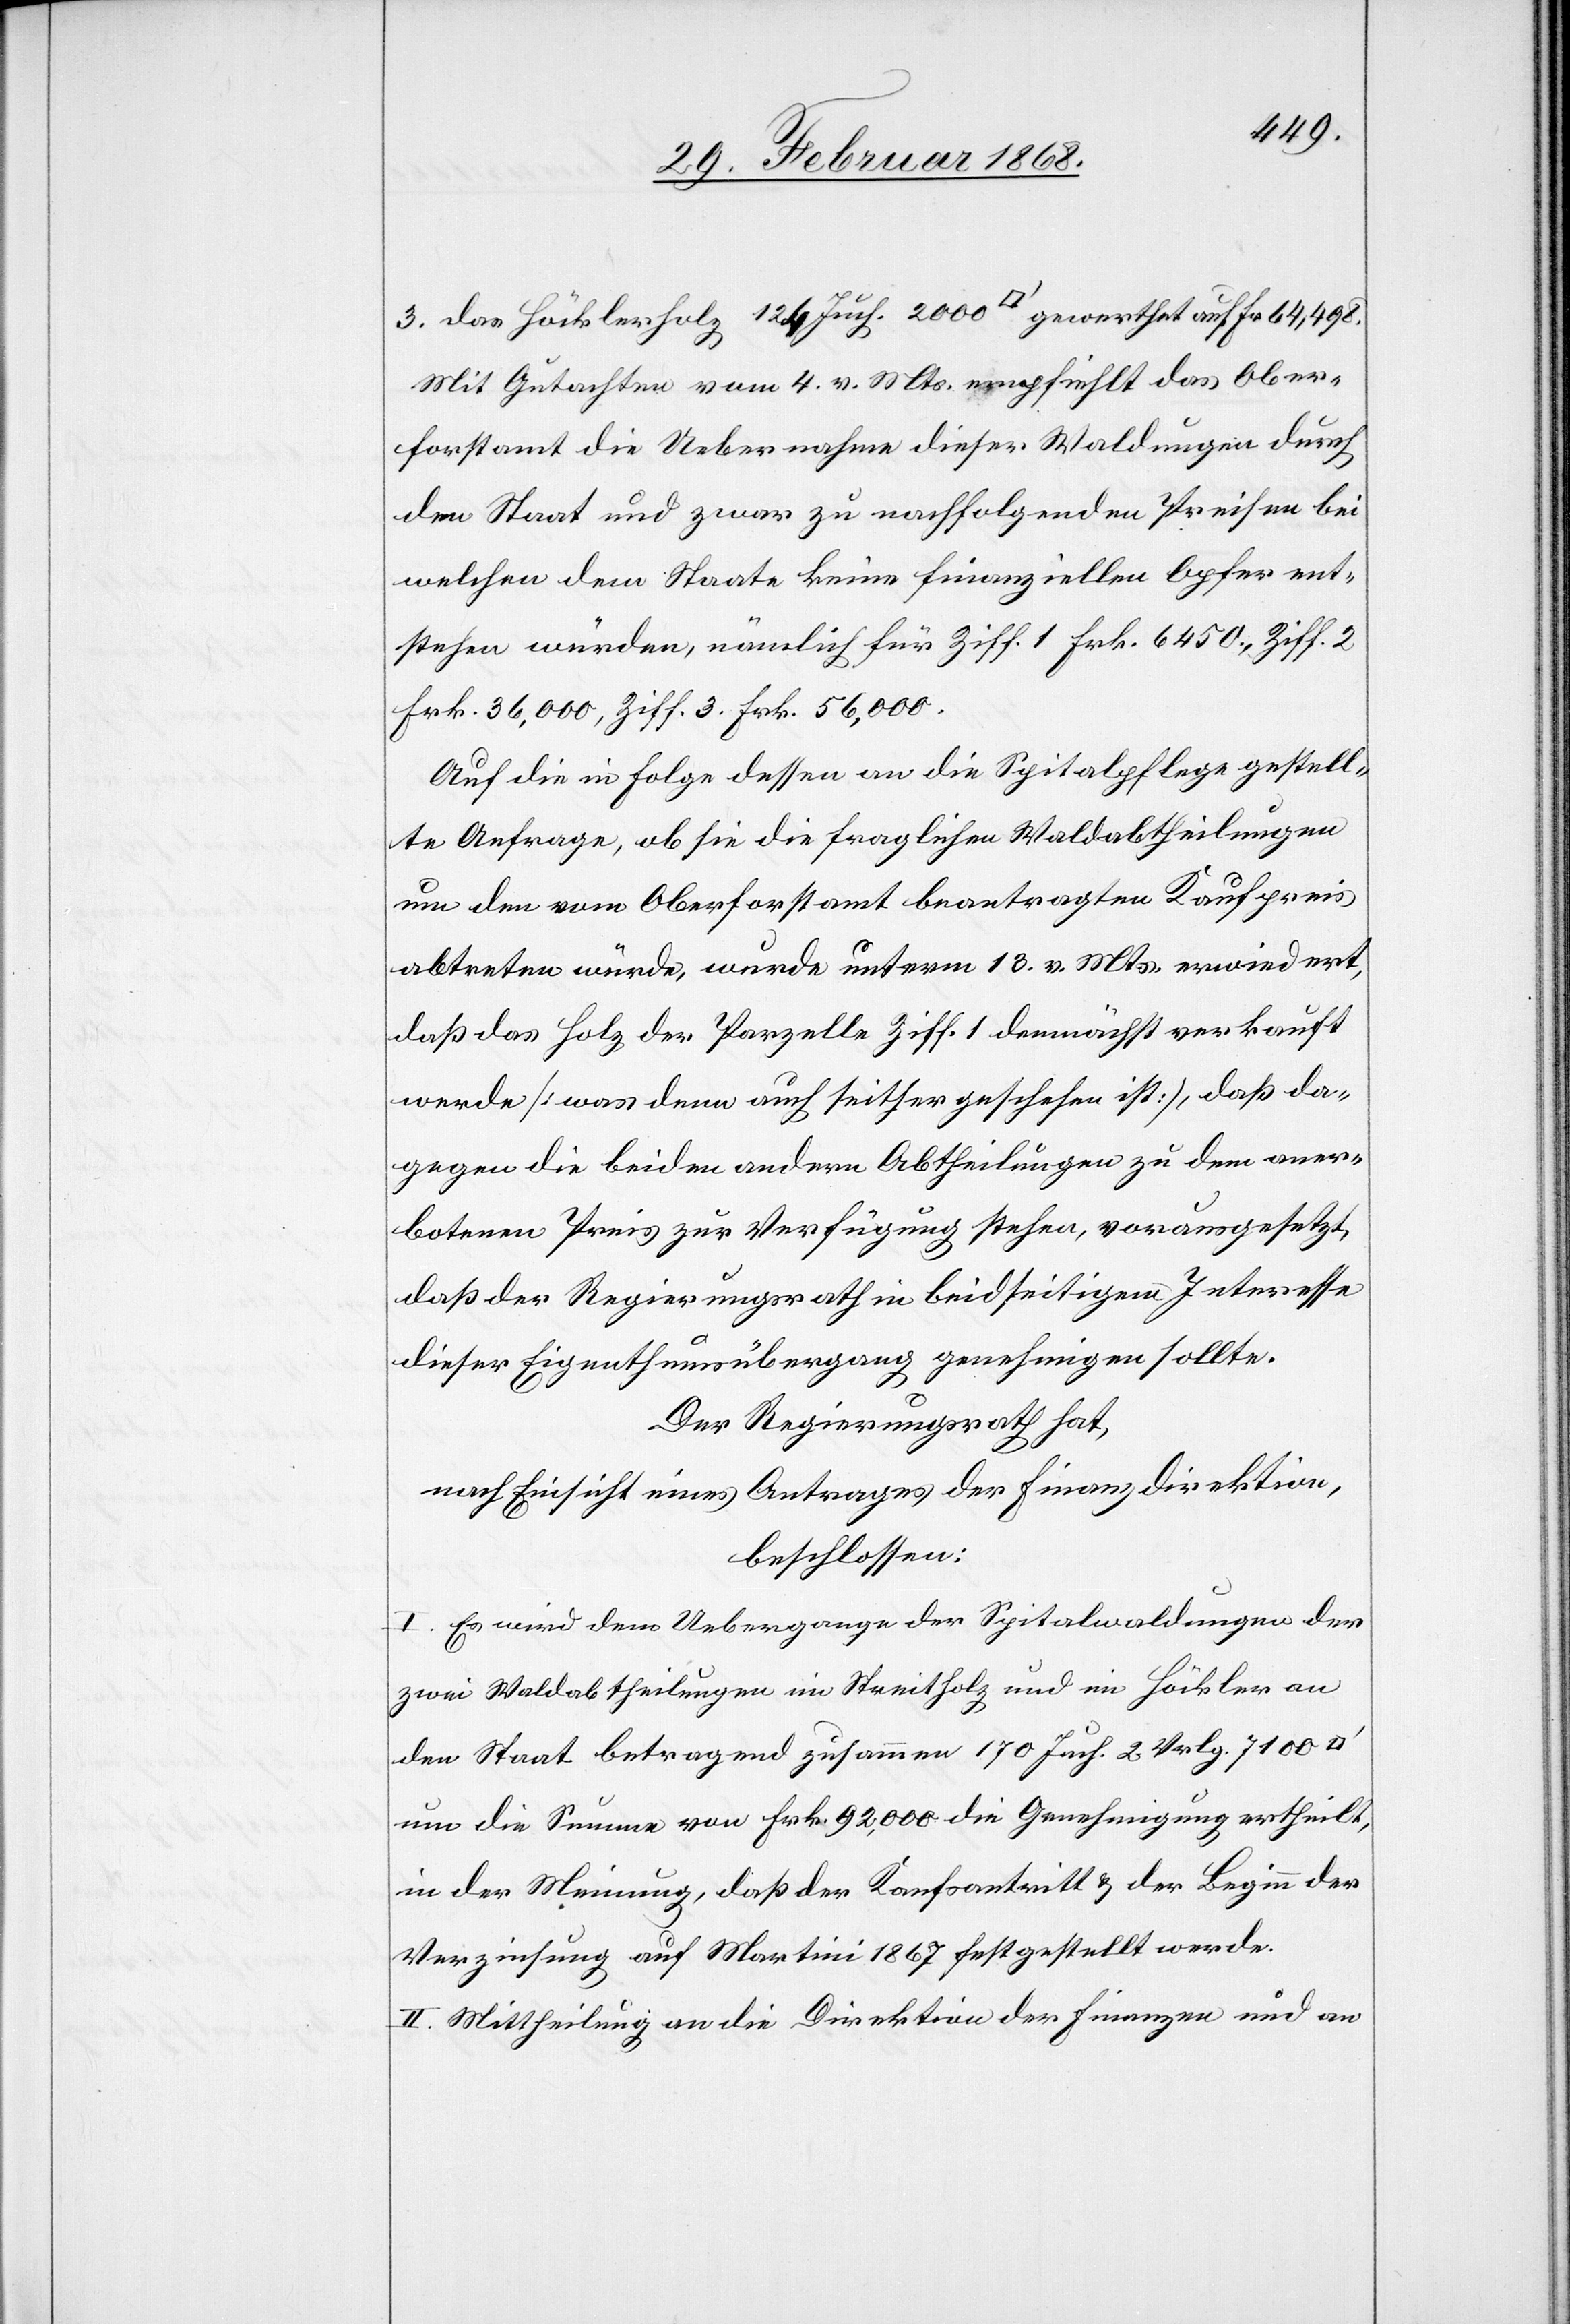
3. das Höcklerholz 12[?4] Juch. 2000 [Quadratfuß] gewerthet auf Fr 64,498.
Mit Gutachten vom 4. v. Mts. empfiehlt das Ober¬
forstamt die Uebernahme dieser Waldungen durch
den Staat und zwar zu nachfolgenden Preisen bei
welchen dem Staate keine finanziellen Opfer ent¬
stehen würden, nämlich für Ziff. 1 Frk. 6450., Ziff. 2
Frk. 36,000, Ziff. 3. Frk. 56,000.
Auf die in Folge dessen an die Spitalpflege gestell¬
te Anfrage, ob sie die fraglichen Waldabtheilungen
um den vom Oberforstamt beantragten Kaufpreis
abtreten würde, wurde unterm 13. v. Mts. erwiedert,
daß das Holz der Parzelle Ziff. 1 demnächst verkauft
werde [was denn auch seither geschehen ist], daß da¬
gegen die beiden andern Abtheilungen zu dem aner¬
botenen Preis zur Verfügung stehen, vorausgesetzt,
daß der Regierungsrath in beidseitigem Interesse
dieser [sic!] Eigenthumsübergang genehmigen sollte.
Der Regierungsrath hat,
nach Einsicht eines Antrages der Finanzdirektion,
beschlossen:
I. Es wird dem Uebergange der Spitalwaldungen der
zwei Waldabtheilungen im Streitholz und im Höckler an
den Staat betragend zusammen 170 Juch. 2 Vrlg. 7100
um die Summe von Frk. 92,000 die Genehmigung ertheilt,
in der Meinung, daß der Kaufsantritt & der Beginn der
Verzinsung auf Martini 1867 festgestellt werde.
II. Mittheilung an die Direktion der Finanzen und an